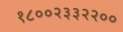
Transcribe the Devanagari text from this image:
१८००२३३२२००